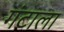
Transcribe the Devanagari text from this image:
गंटाला